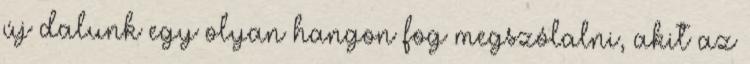
új dalunk egy olyan hangon fog megszólalni, akit az